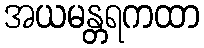
အယမန္တရကထာ